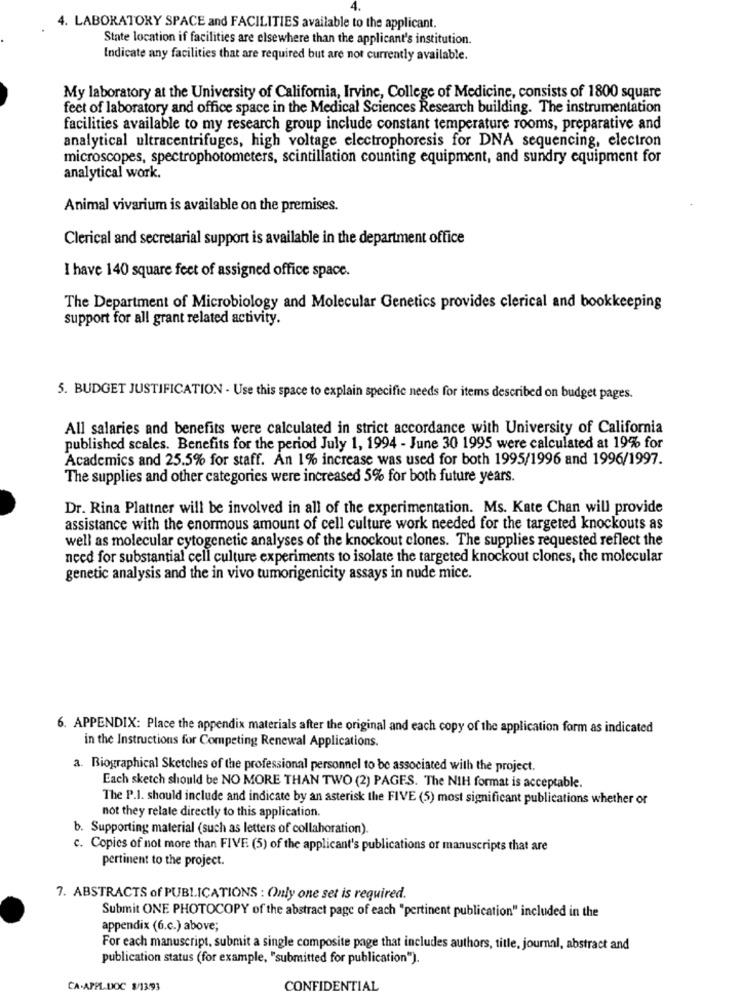
4. LABORATORY SPACE and FACILITIES available to the applicant.
State location if facilities are elsewhere than the applicant's institution.
Indicate any facilities that are required but are not currently available.
My laboratory at the University of California, Irvine, College of Medicine, consists of 1800 square
feet of laboratory and office space in the Medical Sciences Research building. The instrumentation
facilities available to my research group include constant temperature rooms, preparative and
analytical ultracentrifuges, high voltage electrophoresis for DNA sequencing, electron
microscopes, spectrophotometers, scintillation counting equipment, and sundry equipment for
analytical work.
Animal vivarium is available on the premises.
Clerical and secretarial support is available in the department office
I have 140 square feet of assigned office space.
The Department of Microbiology and Molecular Genetics provides clerical and bookkeeping
support for all grant related activity.
5. BUDGET JUSTIFICATION - Use this space to explain specific needs for items described on budget pages.
All salaries and benefits were calculated in strict accordance with University of California
published scales. Benefits for the period July 1, 1994 - June 30 1995 were calculated at 19% for
Academics and 25.5% for staff. An 1% increase was used for both 1995/1996 and 1996/1997.
The supplies and other categories were increased 5% for both future years.
Dr. Rina Plattner will be involved in all of the experimentation. Ms. Kate Chan will provide
assistance with the enormous amount of cell culture work needed for the targeted knockouts as
well as molecular cytogenetic analyses of the knockout clones. The supplies requested reflect the
need for substantial cell culture experiments to isolate the targeted knockout clones, the molecular
genetic analysis and the in vivo tumorigenicity assays in nude mice.
6. APPENDIX: Place the appendix materials after the original and each copy of the application form as indicated
in the Instructions for Competing Renewal Applications.
a. Biographical Sketches of the professional personnel to be associated with the project.
Each sketch should be NO MORE THAN TWO (2) PAGES. The NIH format is acceptable.
The P.I. should include and indicate by an asterisk the FIVE (5) most significant publications whether or
not they relate directly to this application.
b. Supporting material (such as letters of collaboration).
c. Copies of not more than FIVE (5) of the applicant's publications or manuscripts that are
pertinent to the project.
7. ABSTRACTS of PUBLICATIONS : Only one set is required.
Submit ONE PHOTOCOPY of the abstract page of each "pertinent publication" included in the
appendix (6.c.) above;
For each manuscript, submit a single composite page that includes authors, title, journal, abstract and
publication status (for example, "submitted for publication").
CA-APPL.DOC $/13/93
CONFIDENTIAL